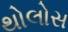
થોલોસ